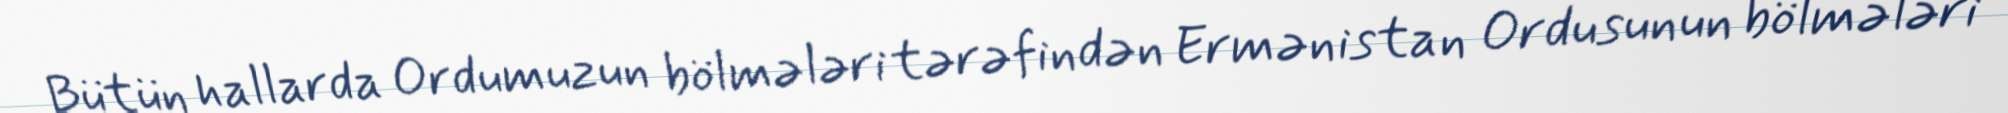
Bütün hallarda Ordumuzun bölmələri tərəfindən Ermənistan Ordusunun bölmələri